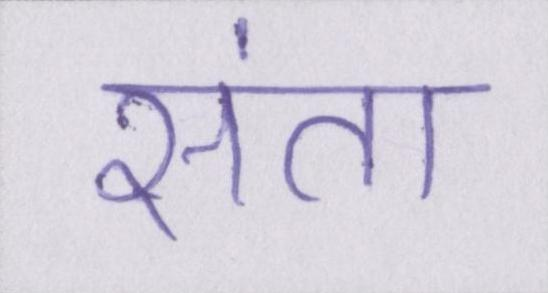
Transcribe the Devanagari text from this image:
संता